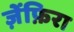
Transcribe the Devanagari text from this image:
ज़ेंफ़िरा